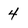
Character: 4